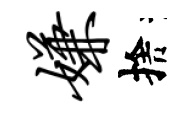
嫌捨